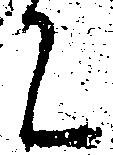
に